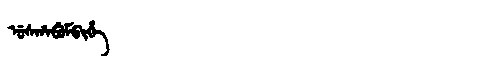
Manchu: ᡠᠰᡥᠠᠪᡠᠮᠪᡳᡥᡝ
Romanization: USHABUMBIHE